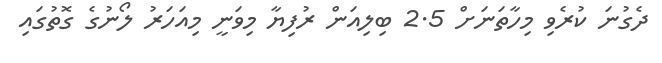
ދެގުނަ ކުރެވި މިހާތަނަށް 2.5 ބިލިއަން ރުފިޔާ މިވަނީ މިއަހަރު ލޯނުގެ ގޮތުގައި